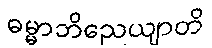
ဓမ္မာဘိညေယျာတိ